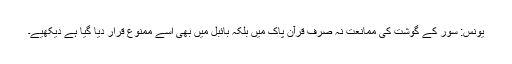
یونس: سور کے گوشت کی ممانعت نہ صرف قرآن پاک میں بلکہ بائبل میں بھی اسے ممنوع قرار دیا گیا ہے دیکھیے۔